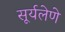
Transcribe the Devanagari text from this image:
सूर्यलेणे